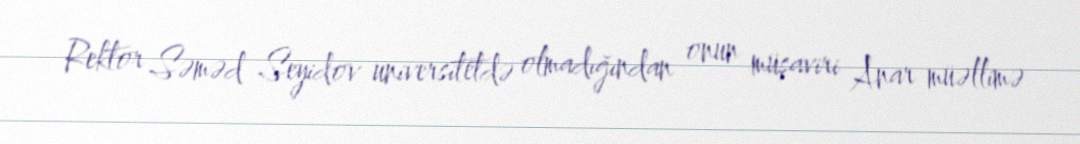
Rektor Səməd Seyidov universitetdə olmadığından onun müşaviri Anar müəllimə